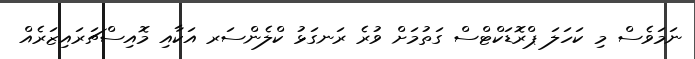
ނަމަވެސް މި ކަހަލަ ޕްރޮޑަކްޓްސް ގަތުމަށް ވުރެ ރަނގަޅު ކްލެންސަރ އަކާއި މޮއިސްޗަރައިޒަރެއް